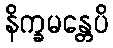
နိက္ခမန္တေပိ